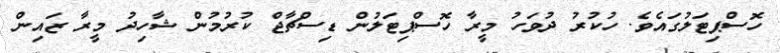
ހޮސްޕިޓަލުގައެވެ. ހުކުރު ދުވަހު މީރާ ހޮސްޕިޓަލުން ޑިސްޗާޖް ކުރުމުން ޝާހިދު މީރާ ޒައިން